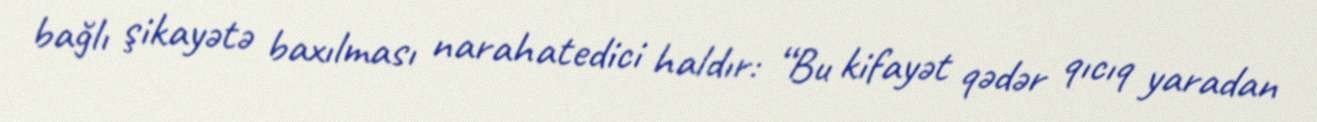
bağlı şikayətə baxılması narahatedici haldır: “Bu kifayət qədər qıcıq yaradan